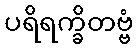
ပရိရက္ခိတဗ္ဗံ